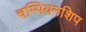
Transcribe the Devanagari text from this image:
चम्पियनशिप